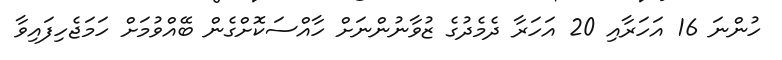
ހުންނަ 16 އަހަރާއި 20 އަހަރާ ދެމެދުގެ ޒުވާނުންނަށް ހާއްސަކޮށްގެން ބޭއްވުމަށް ހަމަޖެހިފައިވާ